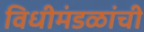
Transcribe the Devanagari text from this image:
विधीमंडळांची